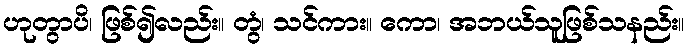
ဟုတွာပိ၊ ဖြစ်၍လည်း။ တွံ၊ သင်ကား။ ကော၊ အဘယ်သူဖြစ်သနည်း။